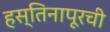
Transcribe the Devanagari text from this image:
हस्तिनापूरची